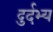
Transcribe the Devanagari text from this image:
दुर्दभ्य